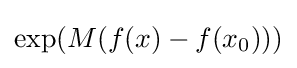
\exp(M(f(x)-f(x_{0})))